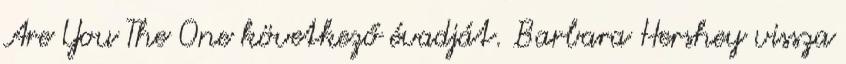
Are You The One következő évadját. Barbara Hershey vissza